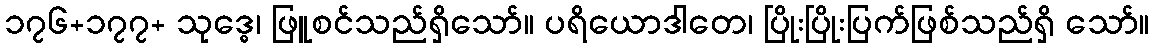
၁၇၆+၁၇၇+ သုဒ္ဓေ၊ ဖြူစင်သည်ရှိသော်။ ပရိယောဒါတေ၊ ပြိုးပြိုးပြက်ဖြစ်သည်ရှိ သော်။